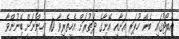
އެބޯޓުގައި ބެން ހޫޕަރ އަށާއި އޭނާގެ ދަތުރަށް އެހީތެރިވާ 10 މީހުންނަށް ބޭނުންވާ